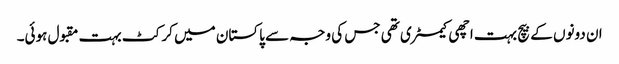
ان دونوں کے بیچ بہت اچھی کیمسٹری تھی جس کی وجہ سے پاکستان میں کرکٹ بہت مقبول ہوئی۔